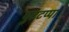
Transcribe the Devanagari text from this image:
पुटटप्पा